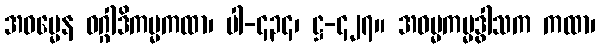
အဓမ္မေန ဝဂ္ဂါဒိကမ္မကထာ၊ ပါ-၄၃၄၊ ဋ္ဌ-၄၂၇။ အဓမ္မကမ္မဒွါသက ကထာ၊